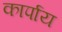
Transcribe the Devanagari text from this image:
कार्पाय